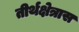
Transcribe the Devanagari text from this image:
तीर्थक्षेत्रास